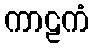
ကာဠကံ